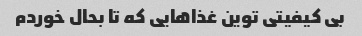
بی کیفیتی توین غذاهایی که تا بحال خوردم